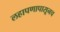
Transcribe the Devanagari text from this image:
लहापणापासूनच